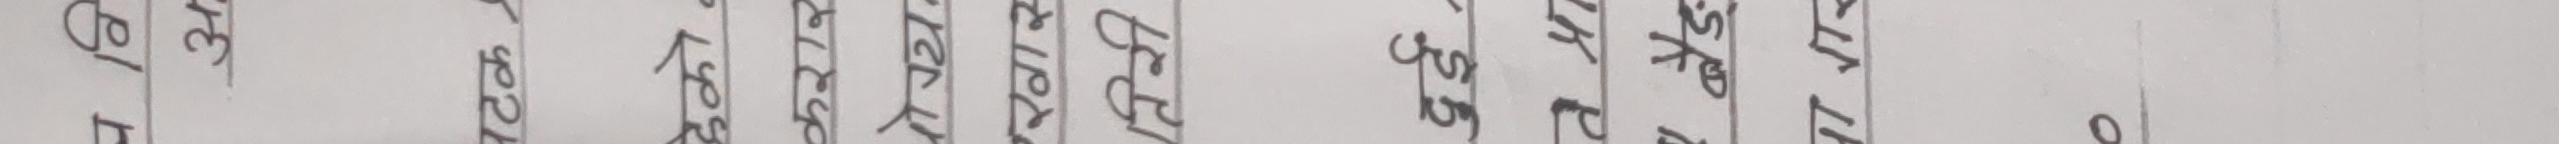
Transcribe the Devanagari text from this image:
सुन १४के, के एस
के. सि. (२०२९),
के एम पौडेल,
के. एस. पौडेल